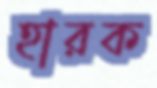
হারক